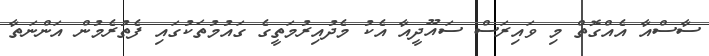
ސާސްއާ އެއްގޮތް މި ވައިރަސް ސައޫދީއާ އެކު މެދުއިރުމަތީގެ ގައުމުތަކުގައި ފެތުރެމުން އަންނަތާ